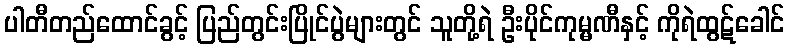
ပါတီတည်ထောင်ခွင့် ပြည်တွင်းပြိုင်ပွဲများတွင် သူတို့ရဲ ဦးပိုင်ကုမ္မဏီနှင့် ကိုရဲထွဋ်ခေါင်